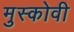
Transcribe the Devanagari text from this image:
मुस्कोवी